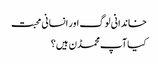
خاندانی لوگ اور انسانی محبت
کیا آپ محمڈن ہیں؟